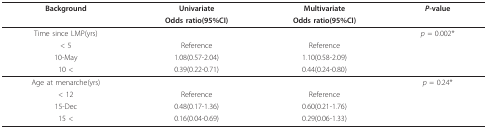
<table><thead><tr><td><b>Background</b></td><td><b>Univariate</b></td><td><b>Multivariate</b></td><td><b><i>P-</i>value</b></td></tr><tr><td></td><td><b>Odds ratio(95%CI)</b></td><td><b>Odds ratio(95%CI)</b></td><td></td></tr></thead><tbody><tr><td>Time since LMP(yrs)</td><td></td><td></td><td><i>p </i>= 0.002*</td></tr><tr><td>&lt; 5</td><td>Reference</td><td>Reference</td><td></td></tr><tr><td>10-May</td><td>1.08(0.57-2.04)</td><td>1.10(0.58-2.09)</td><td></td></tr><tr><td>10 &lt;</td><td>0.39(0.22-0.71)</td><td>0.44(0.24-0.80)</td><td></td></tr><tr><td>Age at menarche(yrs)</td><td></td><td></td><td><i>p </i>= 0.24*</td></tr><tr><td>&lt; 12</td><td>Reference</td><td>Reference</td><td></td></tr><tr><td>15-Dec</td><td>0.48(0.17-1.36)</td><td>0.60(0.21-1.76)</td><td></td></tr><tr><td>15 &lt;</td><td>0.16(0.04-0.69)</td><td>0.29(0.06-1.33)</td><td></td></tr></tbody></table>